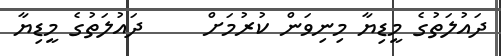
ދައުލަތުގެ މީޑިޔާ މިނިވަން ކުރުމަށް     ދައުލަތުގެ މީޑިޔާ